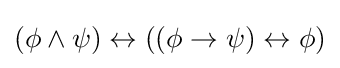
(\phi \land \psi )\leftrightarrow ((\phi \to \psi )\leftrightarrow \phi )